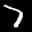
Label: 7